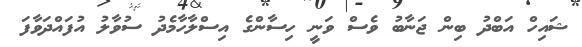
ޝައިހް އަބްދު ބިން ޖަނާބު ވެސް ވަނީ ހިސާންގެ އިސްލާހާމެދު ސުވާލު އުފައްދަވާފަ